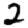
Digit: 2